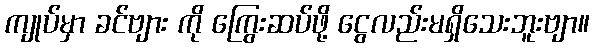
ကျုပ်မှာ ခင်ဗျား ကို ကြွေးဆပ်ဖို့ ငွေလည်းမရှိသေးဘူးဗျာ။